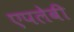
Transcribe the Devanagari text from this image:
एपलेबी